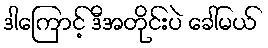
ဒါကြောင့် ဒီအတိုင်းပဲ ခေါ်မယ်